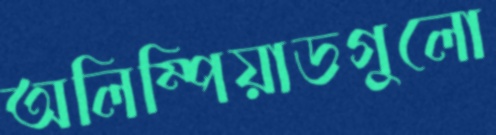
অলিম্পিয়াডগুলো